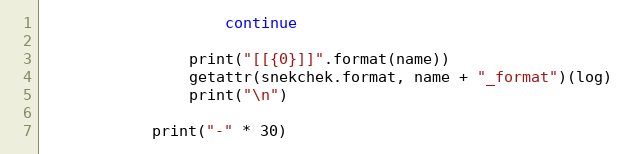
Language: Python
                    continue

                print("[[{0}]]".format(name))
                getattr(snekchek.format, name + "_format")(log)
                print("\n")

            print("-" * 30)